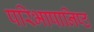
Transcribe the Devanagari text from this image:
परिभाषानिष्ठ